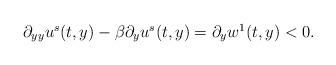
LaTeX: \begin{align*}\begin{array}{ll}\partial_{yy} u^s(t,y) - \beta \partial_y u^s(t,y)= \partial_y w^1(t,y)<0.\end{array}\end{align*}